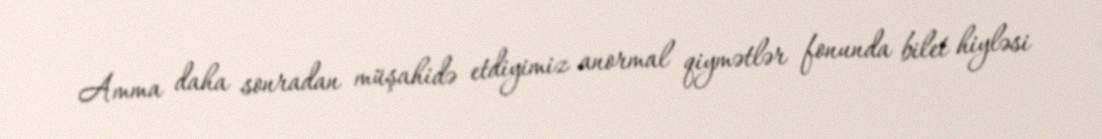
Amma daha sonradan müşahidə etdiyimiz anormal qiymətlər fonunda bilet hiyləsi